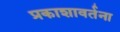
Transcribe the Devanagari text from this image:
प्रकाशावर्तना